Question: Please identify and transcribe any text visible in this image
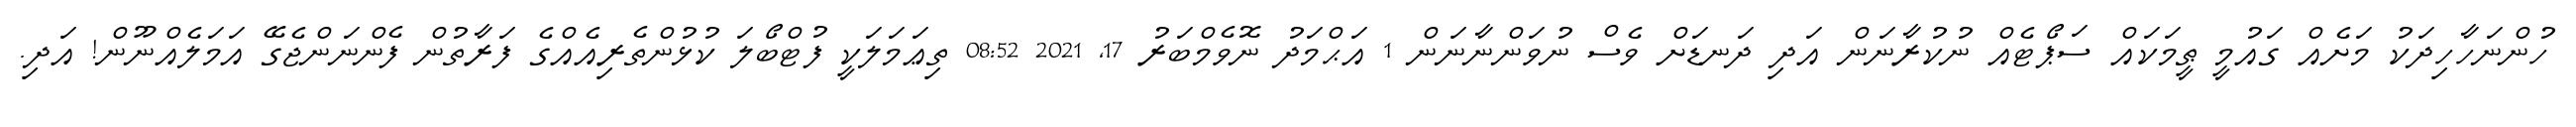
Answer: ހުންނަހާހިދަކު މަށެއް ގައުމީ ޠީމަކައް ސަޕޯޓެއް ނުކުރާނަން އަދި ދަނޑަށް ވެސް ނުވަންނާނަން 1 އަޙްމަދު ނޮވެމްބަރު 17, 2021 08:52 ތިޢަމަލަކީ ފުޓްބޯލަ ކުޅުންތެރިއެއްގެ ފަރާތުން ފެންނަންޖެގޭ އަމަލެއްނޫން! އަދި.